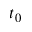
t _ { 0 }